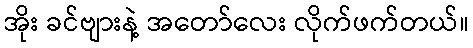
အိုး ခင်ဗျားနဲ့ အတော်လေး လိုက်ဖက်တယ်။